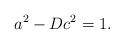
LaTeX: \begin{align*} a^2-Dc^2=1.\end{align*}